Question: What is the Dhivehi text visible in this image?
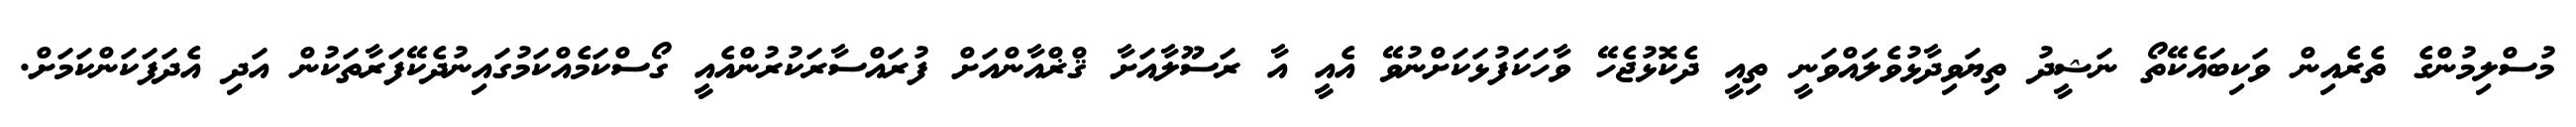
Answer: މުސްލިމުންގެ ތެރެއިން ވަކިބައެކޭތޯ ނަޝީދު ތިޔަވިދާޅުވެލައްވަނީ ތިއީ ދެކޮޅުޖެހޭ ވާހަކަފުޅަކަށްނުވޭ އެއީ އާ ރަސޫލާއަށާ ޤްޜްއާންއަށް ފުރައްސާރަކުރުންއެއީ ގޯސްކަމެއްކަމުގައިނުދެކޭފަރާތަކުން އަދި އެދަފަކަންކަމަށް.